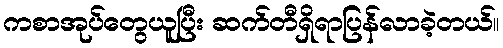
ကစာအုပ်တွေယူပြီး ဆက်တီရှိရာပြန်လာခဲ့တယ်။